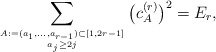
\begin{align*}\sum_{A:=(a_1,\ldots,a_{r-1}) \subset [1,2r-1] \atop a_{j} \ge 2 j}\big( c_{A}^{(r)} \big)^2 = E_{r},\end{align*}